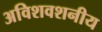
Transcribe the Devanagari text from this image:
अविशवशनीय